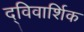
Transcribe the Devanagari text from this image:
द्विवार्शिक